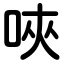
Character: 唊